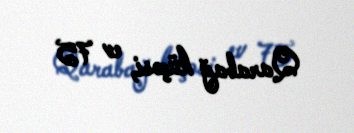
Qarabağ küçəsi, ev 75